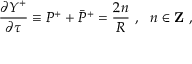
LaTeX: \frac { \partial Y ^ { + } } { \partial \tau } \equiv P ^ { + } + \bar { P } ^ { + } = \frac { 2 n } { R } ~ , ~ ~ n \in { \bf Z } ~ ,